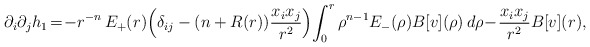
\begin{align*}\begin{aligned}\partial_i\partial_j h_1\!=\!-r^{-n}\,E_+(r)\!\left(\delta_{ij}-(n+R(r))\frac{x_ix_j}{r^2}\right)\!\int_0^r\rho^{n-1}E_-(\rho)B[v](\rho)\,d\rho\!-\!\frac{x_ix_j}{r^2}B[v](r),\end{aligned}\end{align*}